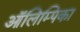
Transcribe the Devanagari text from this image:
ऑलिम्पिका